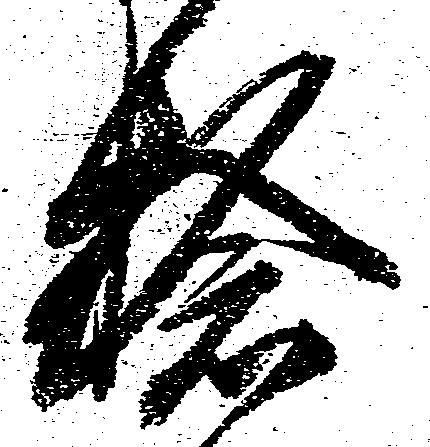
捻